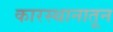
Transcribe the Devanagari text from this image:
कारस्थानातून